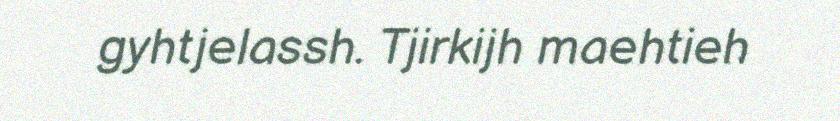
gyhtjelassh. Tjirkijh maehtieh